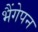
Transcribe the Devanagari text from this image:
भैंगेपन